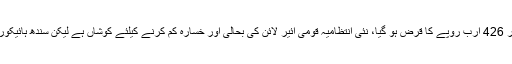
پی آئی اے کے وکیل نعیم بخاری نے آگاہ کیا کہ پی آئی اے پر 426 ارب روپے کا قرض ہو گیا، نئی انتظامیہ قومی ائیر لائن کی بحالی اور خسارہ کم کرنے کیلئے کوشاں ہے لیکن سندھ ہائیکورٹ نے موجودہ ایم ڈی ارشد محمود کو کام سے روک دیا ہے۔